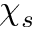
\chi _ { s }